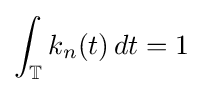
\int _{\mathbb {T} }k_{n}(t)\,dt=1